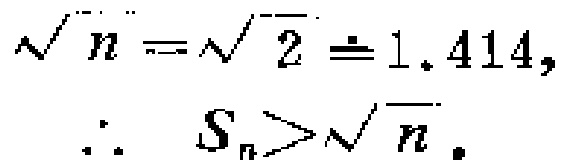
\(\sqrt{n}=\sqrt{2}\doteq1.414,\\

\therefore\ S_{n}>\sqrt{n}.\)